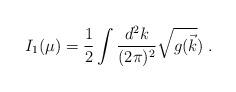
LaTeX: \begin{align*}I_1(\mu)={1\over 2} \int \frac {d^2 k} {(2 \pi)^2} {\sqrt{g(\vec{k}})} \; .\end{align*}